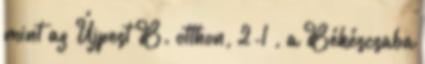
mint az Újpest B. otthon, 2-1 , a Békéscsaba